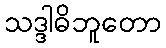
သဒ္ဒါဓိဘူတော